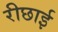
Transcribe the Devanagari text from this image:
रीछाई